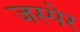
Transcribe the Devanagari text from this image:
जस्पेर